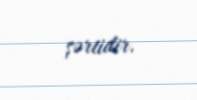
şərtidir.